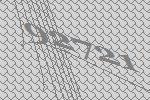
92721